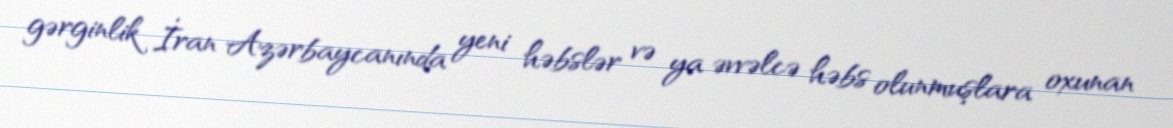
gərginlik İran Azərbaycanında yeni həbslər və ya əvvəlcə həbs olunmuşlara oxunan